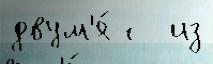
двум'я́ с  из